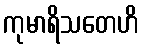
ကုမာရိသတေဟိ